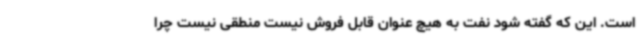
است. این که گفته شود نفت به هیچ عنوان قابل فروش نیست منطقی نیست چرا